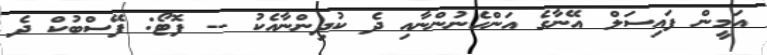
އަމީން ފައިސަލް އޭނާގެ އަންހެނުންނާއި ދެ ކުދިންނާއެކު -- ފޮޓޯ: ފޭސްބުކް ދެ